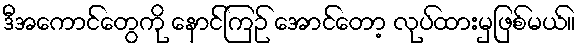
ဒီအကောင်တွေကို နောင်ကြဉ် အောင်တော့ လုပ်ထားမှဖြစ်မယ်။